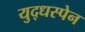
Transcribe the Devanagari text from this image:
युद्धस्पेन